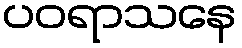
ပဝရာသနေ